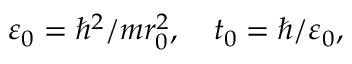
\varepsilon _ { 0 } = \hbar ^ { 2 } / m r _ { 0 } ^ { 2 } , \quad t _ { 0 } = \hbar / \varepsilon _ { 0 } ,